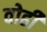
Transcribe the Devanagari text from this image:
वोढी